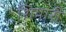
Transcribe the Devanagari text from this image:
शियारी